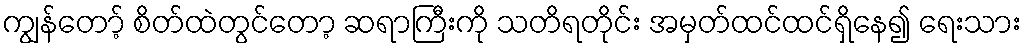
ကျွန်တော့် စိတ်ထဲတွင်တော့ ဆရာကြီးကို သတိရတိုင်း အမှတ်ထင်ထင်ရှိနေ၍ ရေးသား